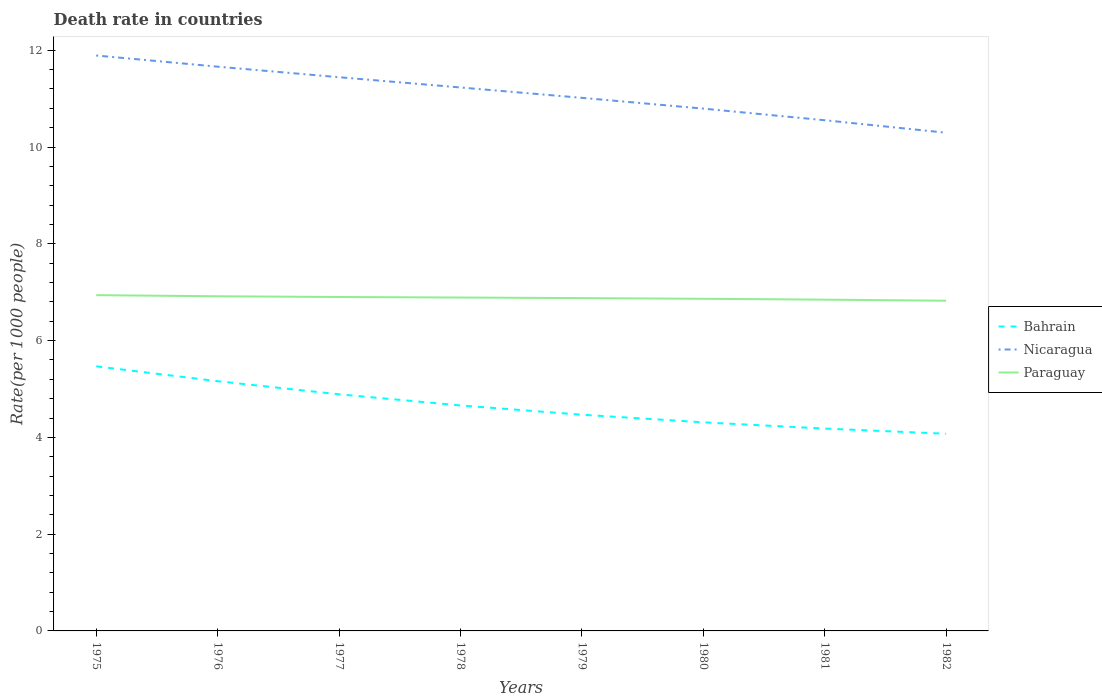
| Years | Bahrain | Nicaragua | Paraguay |
 | --- | --- | --- | --- |
 | 1975 | 5.47 | 11.9 | 6.94 |
 | 1976 | 5.16 | 11.7 | 6.92 |
 | 1977 | 4.89 | 11.4 | 6.9 |
 | 1978 | 4.66 | 11.2 | 6.89 |
 | 1979 | 4.47 | 11 | 6.88 |
 | 1980 | 4.31 | 10.8 | 6.86 |
 | 1981 | 4.18 | 10.6 | 6.85 |
 | 1982 | 4.08 | 10.3 | 6.82 |